system: You are a helpful assistant.
user:
Analyze the provided spectrum to determine if it is a **"Cataclysmic Variables (CV)"**.

- **Key Indicators for CV (Check for either state):**
    - **State 1: Quiescent / Low-State (Emission-Dominated)**
        - **(Primary):** Strong and *very broad* Hydrogen Balmer emission lines (e.g., $H\alpha$ at 6563 Å, $H\beta$ at 4861 Å). The 'broadness' (high velocity dispersion, often FWHM > 1000 km/s) is the key diagnostic, indicating a high-velocity accretion disk.
        - **(Secondary):** Broad neutral Helium (He I) emission lines (e.g., 5876 Å, 6678 Å).
        - **(Key Confirmation):** Presence of high-excitation *ionized* Helium (He II) emission at 4686 Å. This is a strong indicator of accretion onto a white dwarf.
        - **(Line Profile):** Emission lines may exhibit a 'double-peaked' profile, which is a classic signature of a rotating accretion disk viewed at high inclination.

    - **State 2: Outburst / High-State (Absorption-Dominated)**
        - **(Primary):** Spectrum is dominated by a bright, blue continuum (looks like a hot star).
        - **(Secondary):** The emission lines from State 1 are weak, absent, or 'filled in', and are replaced by broad, shallow *absorption* lines (primarily Balmer and He I).
        - **(Morphology):** The overall spectrum mimics a hot B/A-type star. The crucial difference is that the absorption lines are significantly broader, shallower, and more 'washed-out' (or 'smeared') than the sharp lines of a normal stellar photosphere, due to high rotational speeds and pressure broadening in the disk.

Think first, call **spectral_visualization_tool** if needed to examine features in detail, then provide your final answer. Your response must adhere to the following strict rules:
1.  **Overall Structure:** Your response must follow the format `<think>...</think> <tool_call>...</tool_call> (if a tool is used) <answer>...</answer>`.
2.  **Tool Usage Constraint:** You may only make **one** tool call per turn.
3.  **Final Answer Format:** In the `<answer>` tag, your conclusion must be inside a `\boxed{}` command (e.g., `\boxed{YES}`), followed by your justification.

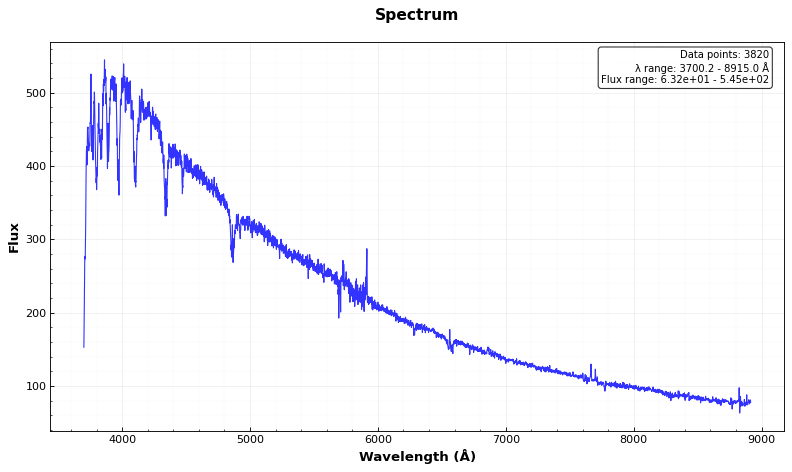
Answer: YES